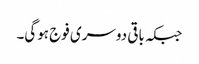
جبکہ باقی دوسری فوج ہوگی۔